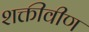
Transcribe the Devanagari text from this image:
शक्तीवीण